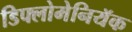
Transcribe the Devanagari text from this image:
डिफ्लोमेनियॅक